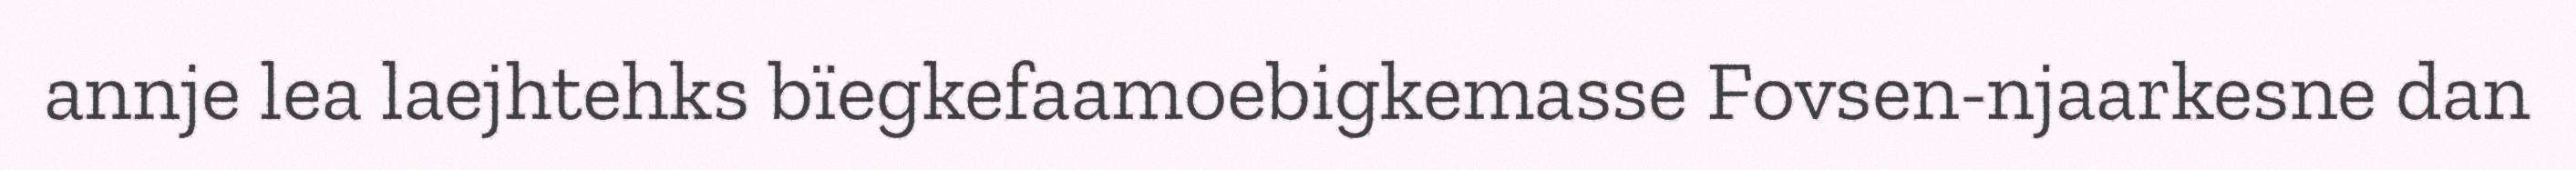
annje lea laejhtehks bïegkefaamoebigkemasse Fovsen-njaarkesne dan